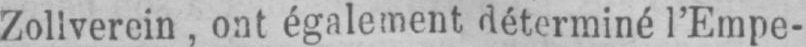
Zollverein, ont également déterminé l’Empe-